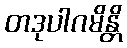
တဒုပါဂမိန္တိ